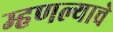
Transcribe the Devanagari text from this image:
म्हणल्याचे